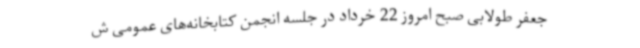
جعفر طولابی صبح امروز 22 خرداد در جلسه انجمن کتابخانه‌های عمومی ش